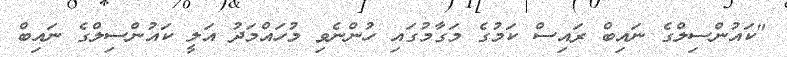
"ކައުންސިލްގެ ނައިބް ރައިސް ކަމުގެ މަގާމުގައި ހުންނެވި މުހައްމަދު އަލީ ކައުންސިލްގެ ނައިބް